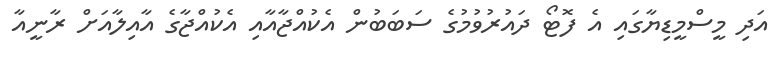
އަދި މީސްމީޑިޔާގައި އެ ފޮޓޯ ދައުރުވުމުގެ ސަބަބުން އެކުއްޖާއާއި އެކުއްޖާގެ އާއިލާއަށް ރާނީއާ